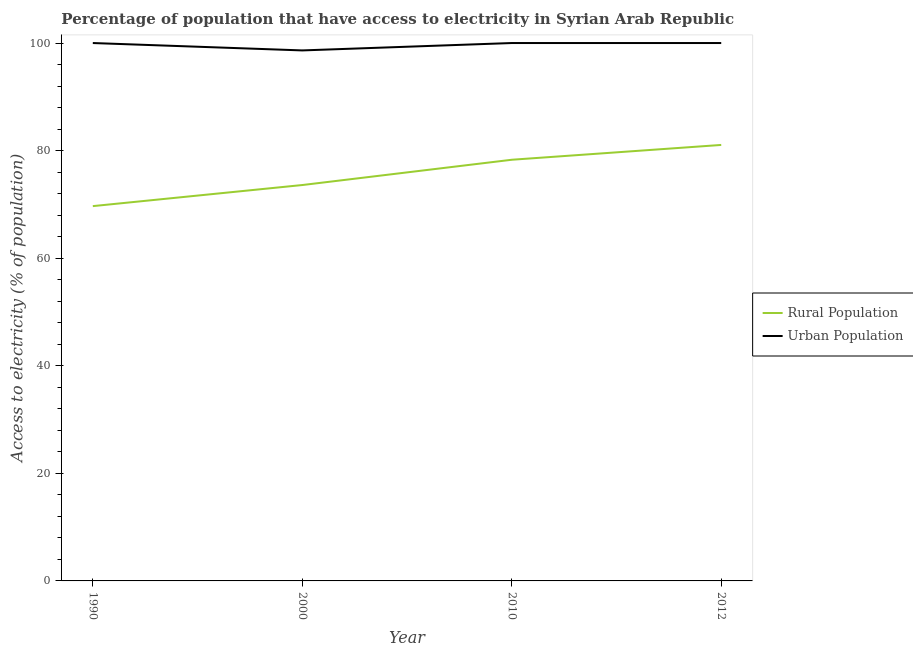
| Year | Rural Population | Urban Population |
 | --- | --- | --- |
 | 1990 | 69.7 | 100 |
 | 2000 | 73.6 | 98.6 |
 | 2010 | 78.3 | 100 |
 | 2012 | 81.1 | 100 |